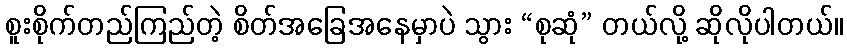
စူးစိုက်တည်ကြည်တဲ့ စိတ်အခြေအနေမှာပဲ သွား “စုဆုံ” တယ်လို့ ဆိုလိုပါတယ်။